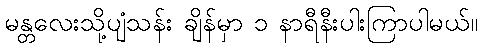
မန္တလေးသို့ပျံသန်း ချိန်မှာ ၁ နာရီနီးပါးကြာပါမယ်။